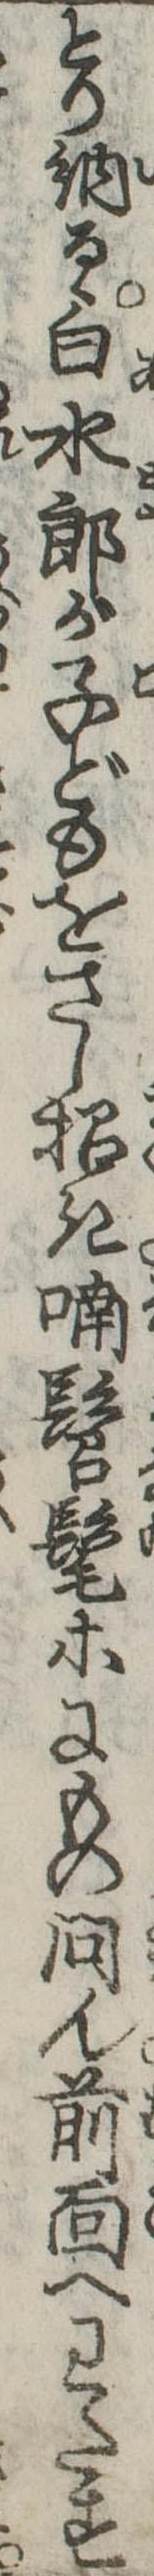
とり納るゝ白水郎が子どもをさし招き喃髫髦等にもの問ん前面へわたす